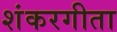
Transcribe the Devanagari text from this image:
शंकरगीता